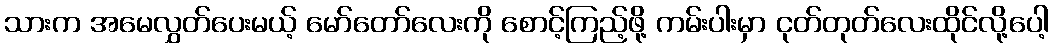
သားက အမေလွှတ်ပေးမယ့် မော်တော်လေးကို စောင့်ကြည့်ဖို့ ကမ်းပါးမှာ ငုတ်တုတ်လေးထိုင်လို့ပေါ့